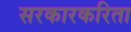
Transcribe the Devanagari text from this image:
सरकारकरिता